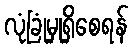
လုံခြုံမှုရှိစေရန်